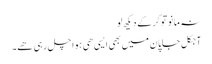
نہ مانو تو کر کے دیکھ لو
آجکل جاپان میں بھی ایسی ھی ہوا چل رہی ھے۔